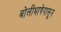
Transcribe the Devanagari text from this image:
बोलीभाषेपासून